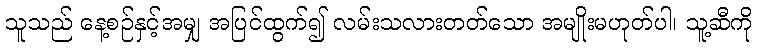
သူသည် နေ့စဉ်နှင့်အမျှ အပြင်ထွက်၍ လမ်းသလားတတ်သော အမျိုးမဟုတ်ပါ၊ သူ့ဆီကို